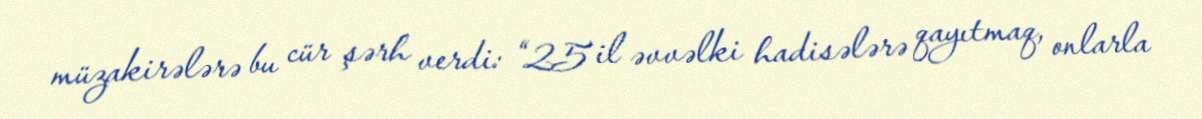
müzakirələrə bu cür şərh verdi: “25 il əvvəlki hadisələrə qayıtmaq, onlarla